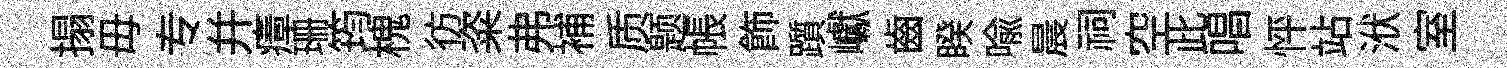
搨毋专并瘴珊筠槐彷粢弗補质题帳飾躓巘齒睽喩晨祠空此唱怦站洑室